system: You are a helpful assistant.
user:
Analyze the provided spectrum to determine if it is a **White Dwarf (WD)**.

A White Dwarf spectrum is defined by its **extreme purity** (due to gravitational settling) and/or **extreme pressure broadening** (due to high surface gravity). You must check for one of the following mutually exclusive signatures:

- **Key Visual Indicators (Check for ONE of these types):**

    - **1. DA-Type Signature (Most Common):**
        - **(Primary Feature):** Extreme pressure broadening (Stark broadening) of the **Hydrogen (H) Balmer lines**.
        - **(Key Lines):** $H\beta$ (approx. $4861$ Å) and $H\gamma$ (approx. $4340$ Å). $H\alpha$ (approx. $6563$ Å) will also be present if the wavelength range covers it.
        - **(Line Profile):** This is the **defining feature**. The lines are **NOT** sharp. They appear as massive, **extremely broad and deep "troughs" or "dips"** in the spectrum, often hundreds of Ångströms wide. The continuum will appear to "scoop" down at these wavelengths.
        - **(Distinction):** Normal A-type or B-type stars have *narrow* and *sharp* Hydrogen lines. A DA White Dwarf's lines are unmistakably "smeared" or "blurry" from pressure.

    - **2. DB-Type Signature:**
        - **(Primary Feature):** Broad absorption lines from **Neutral Helium (He I)**. The spectrum must lack any visible Hydrogen lines.
        - **(Key Lines):** Look for broad absorption near $4471$ Å, $4921$ Å, and $5876$ Å.
        - **(Line Profile):** These lines are also significantly pressure-broadened, appearing much wider than they would in a normal B-type main-sequence star.

    - **3. DC-Type Signature:**
        - **(Primary Feature):** A **featureless continuous spectrum**.
        - **(Line Profile):** The spectrum is a smooth curve with **no significant absorption or emission lines**.
        - **(Key Confirmation):** The continuum is almost always **blue or white**, indicating a hot object. This signature implies the atmosphere is so pure (or so cool) that no spectral lines are visible in the optical range. Its WD identity is confirmed by its extremely low intrinsic brightness (high absolute magnitude).

    - **4. DZ-Type Signature (Metal-Polluted):**
        - **(Primary Feature):** **Isolated, narrow metal absorption lines** on an otherwise featureless (DC-like) continuum.
        - **(Key Lines):** The **Calcium (Ca II) H & K doublet** (approx. **$3934$ Å** and **$3968$ Å**) is the most common and defining feature.
        - **(Line Profile):** These lines are "out of place." They are *not* part of a "forest" of thousands of lines. This signature is evidence of recent *accretion* (pollution) from rocky debris.
        - **(Distinction):** Normal G/K/M stars have a *dense forest* of thousands of metal lines. A DZ has a *clean* continuum with *only a few* strong metal lines.

    - **5. DQ-Type Signature (Carbon-Polluted):**
        - **(Primary Feature):** Absorption bands from **Carbon (C₂ "Swan Bands" or atomic C I)**.
        - **(Key Lines - C₂):** Look for bandheads with a "saw-tooth" shape near $5635$ Å, **$5165$ Å** (strongest), and $4737$ Å.
        - **(Key Confirmation):** The underlying **continuum must be blue or white** (hot).
        - **(Distinction):** This is the critical difference from a **Carbon Star**, which has the *exact same* C₂ bands but on an extremely **red, cool** continuum.

- **(Overall Spectrum):**
    - The continuum (overall shape) is typically **blue-sloping** (brighter in the blue than the red), as most white dwarfs are very hot.
    - The spectrum will look "pure" or "simple," dominated by only *one* of the five signatures listed above.

Think first, call **spectral_visualization_tool** if needed to examine features in detail, then provide your final answer. Your response must adhere to the following strict rules:
1.  **Overall Structure:** Your response must follow the format `<think>...</think> <tool_call>...</tool_call> (if a tool is used) <answer>...</answer>`.
2.  **Tool Usage Constraint:** You may only make **one** tool call per turn.
3.  **Final Answer Format:** In the `<answer>` tag, your conclusion must be inside a `\boxed{}` command (e.g., `\boxed{YES}` or `\boxed{NO}`), followed by your justification.

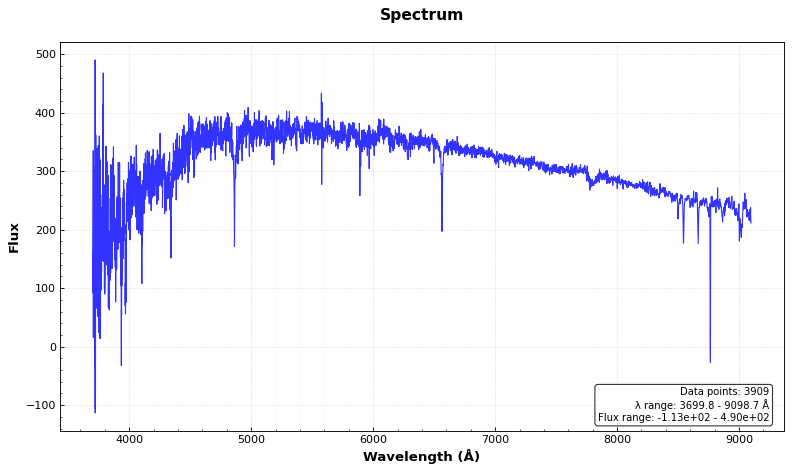
Answer: NO